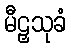
မီဠှသုခံ